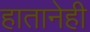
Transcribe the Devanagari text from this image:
हातानेही